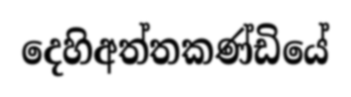
දෙහිඅත්තකණ්ඩියේ